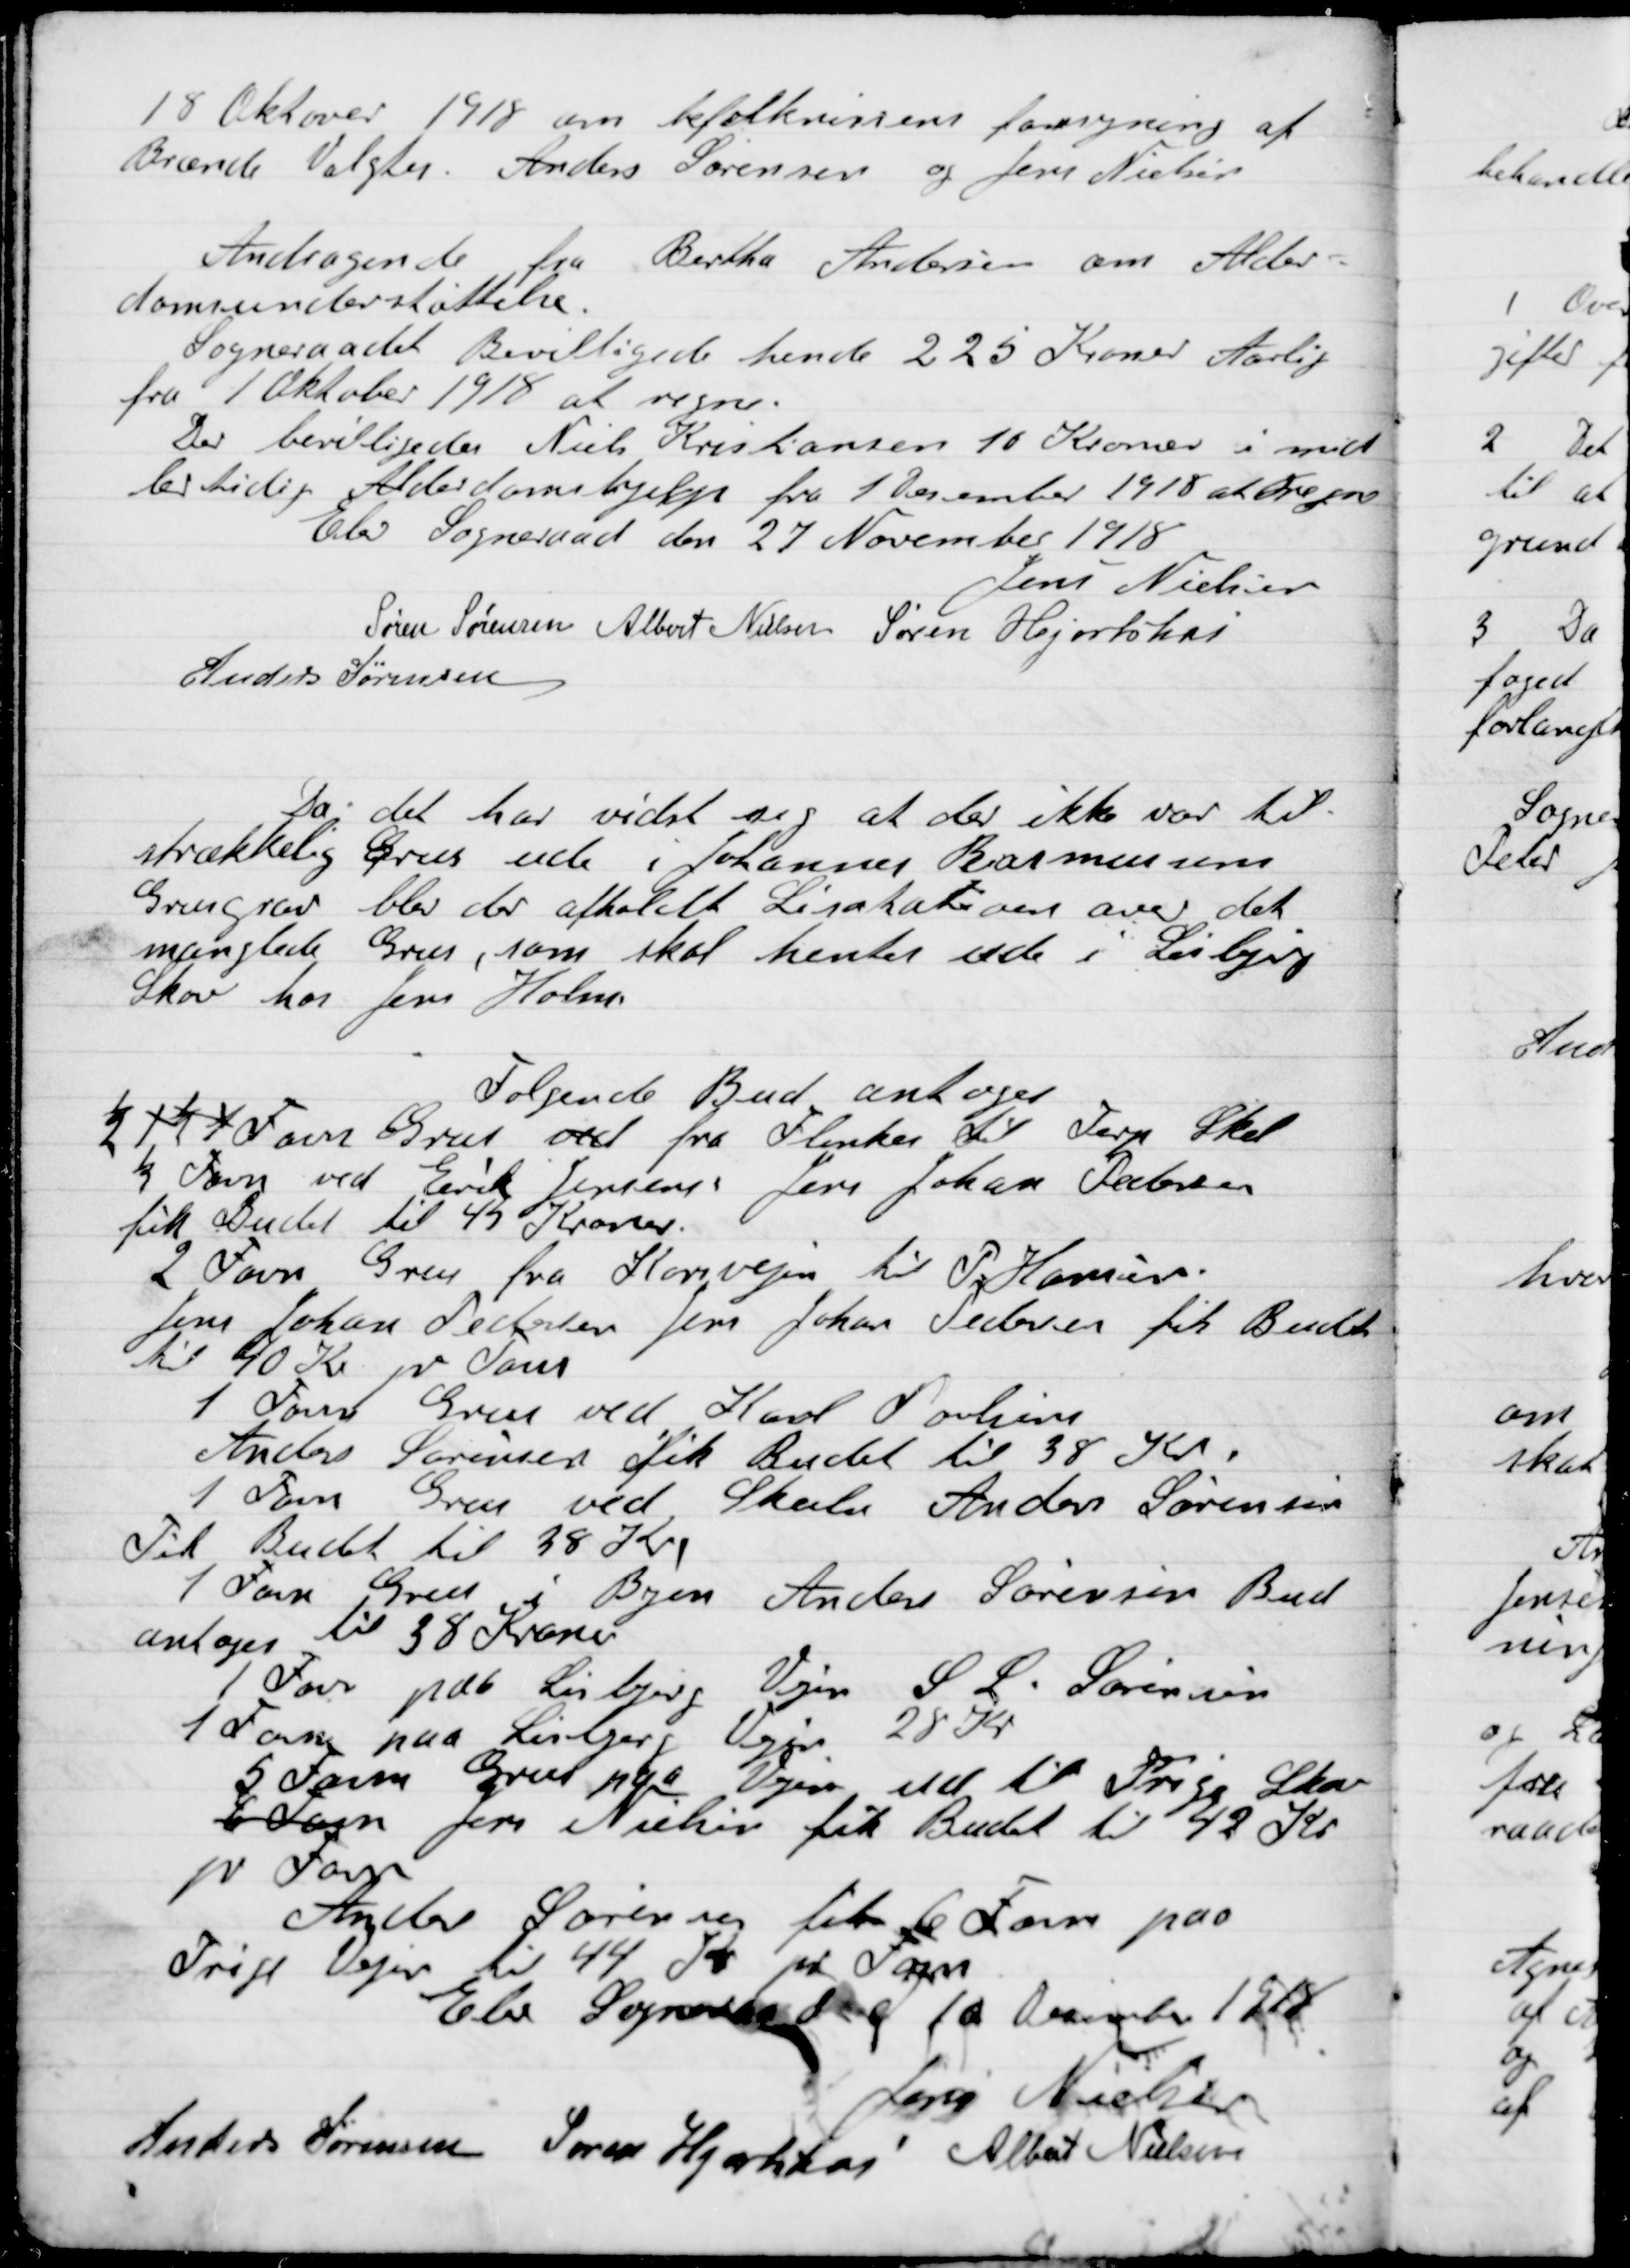
Transskription:
18 Oktober 1918 om befolkningens forsyning af
Brænde Valgtes Anders Sørensen og Jens Nielsen.

Andragende fra Bertha Andersen om Alder-
domsunderstøttelse.
Sogneraadet Bevilgede hende 225 Kroner Aarlig
fra 1 Oktober 1918 at regne.
Der bevilgedes Niels Kristensen 10 Kroner mid-
lertidig Alderdomshjælp fra 1 December 1918 at regne

Elev Sogneraad den 27 November 1918

Jens Nielsen
Søren Sørensen
Albert Nielsen
Søren Hjortshøi
Anders Sørensen

Da det har vidst sig at der ikke var til-
strækkelig Grus ude i Johannes Rasmussens
Grusgrav blev der afholdt Licitation over det
manglede Grus, som skal hentes ude i Lisbjerg
Skov hos Jens Holm.

Følgende Bud antoges:
½ 1½ 4 Favn Grus ved fra Flinker til Terp Skel
½ Favn ved Erik Jensen, Jens Johan Pedersen
fik Budet  til 45 Kr.
2 Favn Grus fra Korsvejen til P. Hansen
Jens Johan Pedersen Jens Johan Pedersen fik Budet
til 40 Kr. pr. Favn.
1 Favn Grus ved Karl Poulsen
Anders Sørensen fik Budet til 38 Kr.
1 Favn Grus ved Skolen Anders Sørensen
Fik Budet til 38 Kr.
1 Favn Grus ved Skolen Anders Sørensen Bud
antoges til 38 Kroner.
1 Favn paa Lisbjerg Vejen S. S. Sørensen
1 Favn paa Lisbjerg Vejen 28 Kr.
5 Favn Grus paa vejen ud til Trige Skov
6 Favn Jens Nielsen fik Budet til 42 Kr.
pr. Favn.
Anders Sørensen fik 6 Favn paa
Trige Vejen til 44 Kr. pr. Favn

Elev Sogneraad den 10 December 1918

Jens Nielsen
Anders Sørensen
Søren Hjortshøi
Albert Nielsen